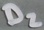
Text: D2